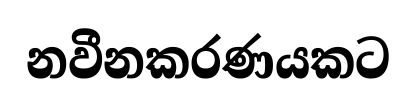
නවීනකරණයකට